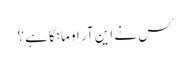
کس نے این آر او مانگا ہے؟